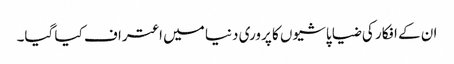
ان کے افکار کی ضیا پاشیوں کا پروری دنیا میں اعتراف کیا گیا۔